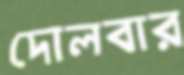
দোলবার